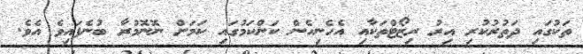
ތަކުގައި ދަތުރުކުރި އިރު ރިޒޯޓްތަކާއި އެހެނިހެން ކަންކަމުގައި ކަމަށް ނޮނޮމުރާ ބުނެފައިވެ އެވެ.